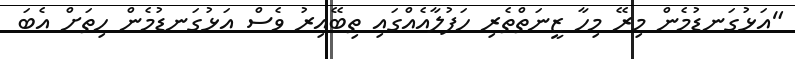
"އަޅުގަނޑުމެން މިރޭ މިހާ ޒީނަތްތެރި ހަފުލާއެއްގައި ތިބޭއިރު ވެސް އަޅުގަނޑުމެން ހިތަށް އެބަ